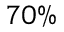
7 0 \%